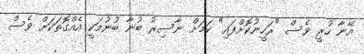
އޭނާ ހުރީ ވެސް "ރަހީނުކޮށްފައި" ކަމަށް ނާސިރު ބުނާ ބުނުމަކީ އެއްގޮތަކަށް ވެސް